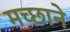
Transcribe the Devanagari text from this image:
मच्छाने